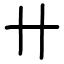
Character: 卄